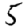
Digit: 5